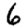
Digit: 6